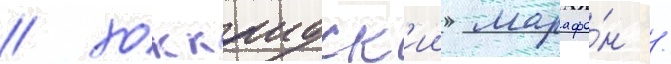
/ хоккаидск'ии марафо́н /